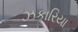
ઝકારિયા